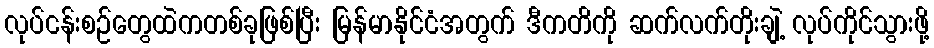
လုပ်ငန်းစဉ်တွေထဲကတစ်ခုဖြစ်ပြီး မြန်မာနိုင်ငံအတွက် ဒီကတိကို ဆက်လက်တိုးချဲ့ လုပ်ကိုင်သွားဖို့